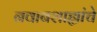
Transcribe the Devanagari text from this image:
नवाबशाह्यांचे